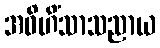
အဝိဟိံသာသညာယ